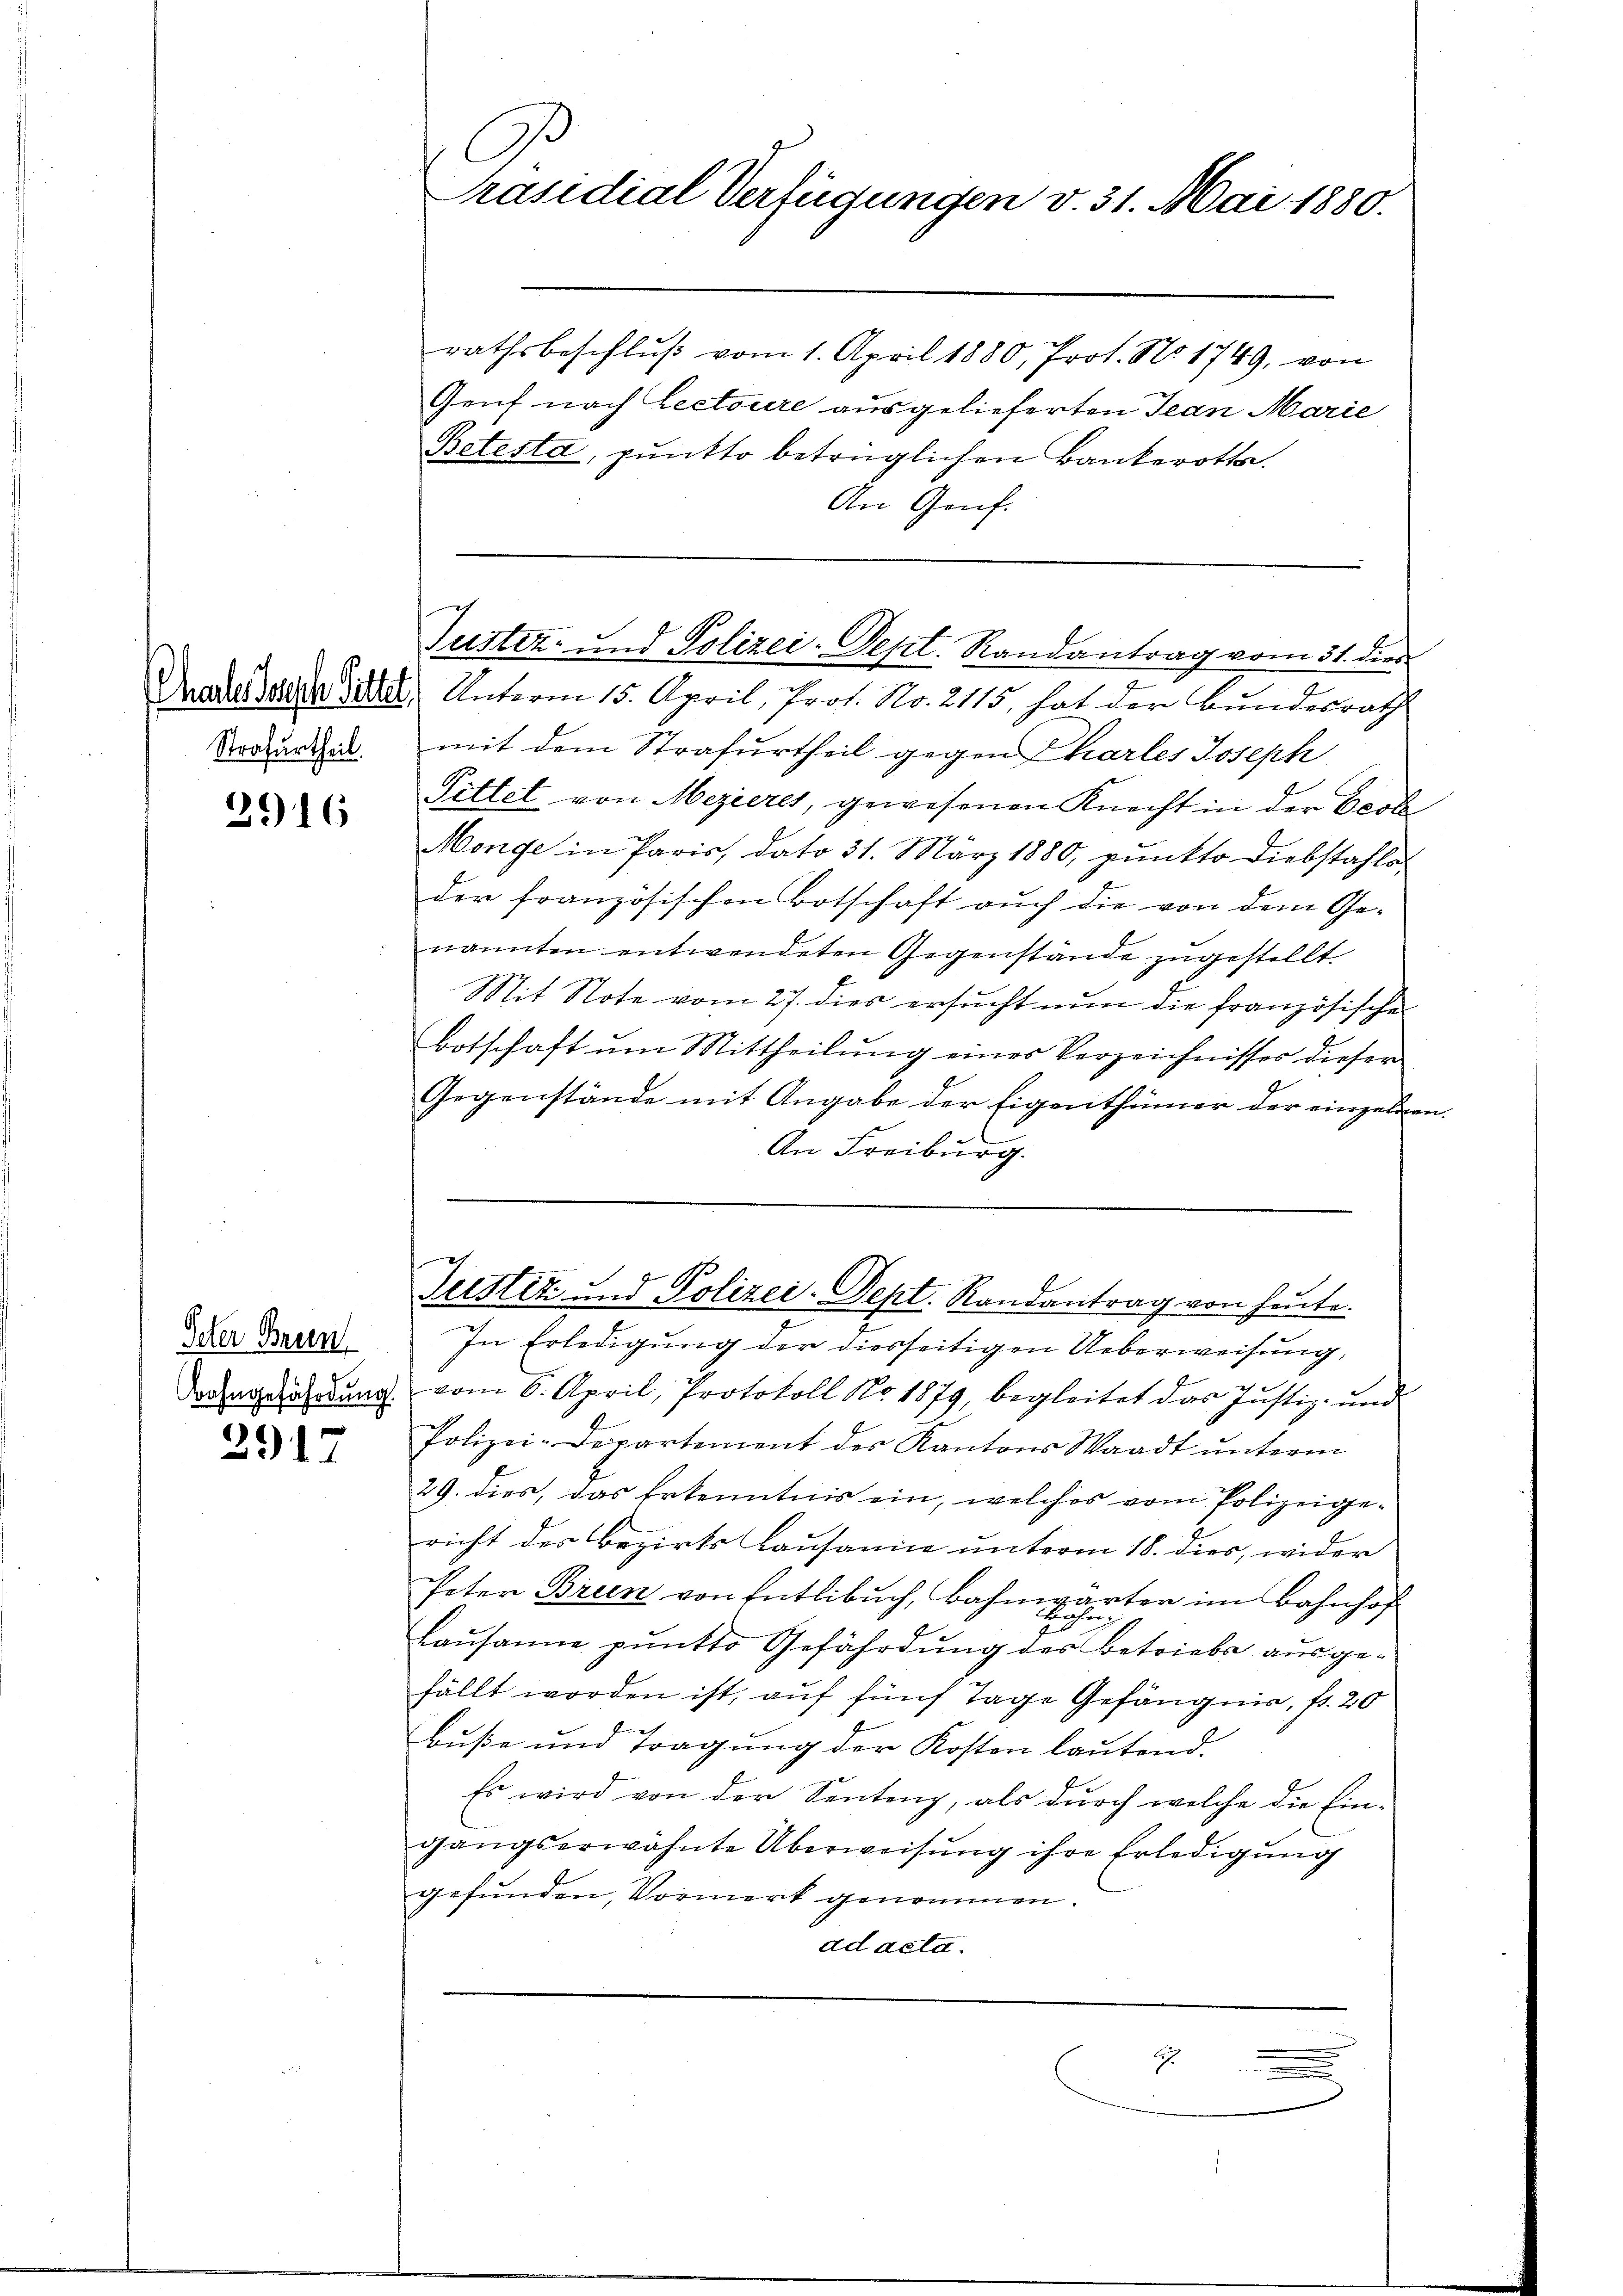
2916

2917

Strafurtheil.

Peter Brun
Bahngefährdung.

C
Präsidial Verfügungen v. 31. Mai 1880.

.
Justiz- und Polizei-Dept. Randantrag vom 31. dies
Daher deute Zeller, Unterm 15. April, Prof. No. 2115, hat der Bundesrath

rathsbeschlŭβ vom 1. April 1880, Prot. No. 1749, von
Genf nach Lectoure ausgelieferten Jean Marie
Betesta, punkto betrüglichen Bankerothe
An Genf.
mit dem Strafurtheil gegen Phartes Joseph
Pittelt von Mezieres, gewesenen Knecht in der Ecol-
Monge in Paris, dato 31. März 1880, punkto Diebstahls
der französischen Botschaft auch die von dem Ge-
nannten entwendeten Gegenstände zugestellt
Mit Note vom 27. dies ersŭcht nun die französische
Botschaft ŭm Mittheilŭng einer Verzeichnisses dieser
Gegenstände mit Angabe der Eigenthümer der einzelnen
An Freiburg.
f
Justiz und Polizei-Sept. Randantrag von heute.
In Erledigung der diesseitigen Ueberweisung,
vom 6. April, Protokoll No 1879, begleitet das Justiz- und
Polizei-Departement des Kantons Waadt ŭnterm
29. dies, das Erkenntnis ein, welches vom Polizeigericht des Bezirks Lausanne unterm 18. dies, wider
Peter Brun von Entlebuch, Bahmgärter im Bahnhof
u
Lausanne punkto Gefährdung des Betriebe ausgefällt worden ist, auf fünf Tage Gefängnis, fr. 20
buße und Tragung der Kosten lautend.
Es wird von der Sentenz, als durch welche die Eingangserwähnte Überweisung ihre Erledigŭng
gefunden, Vormerk genommen.
ad acta.
h
e

e